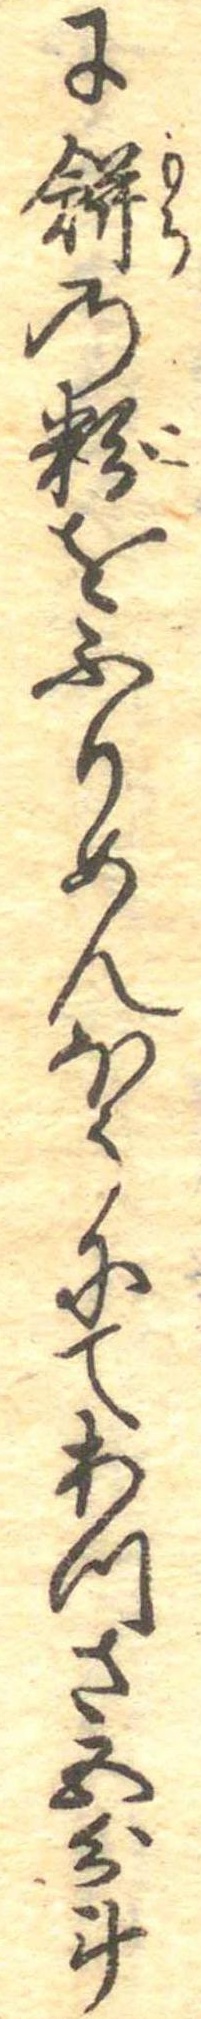
に餅の粉をふりめんほうにてあつさ五分斗